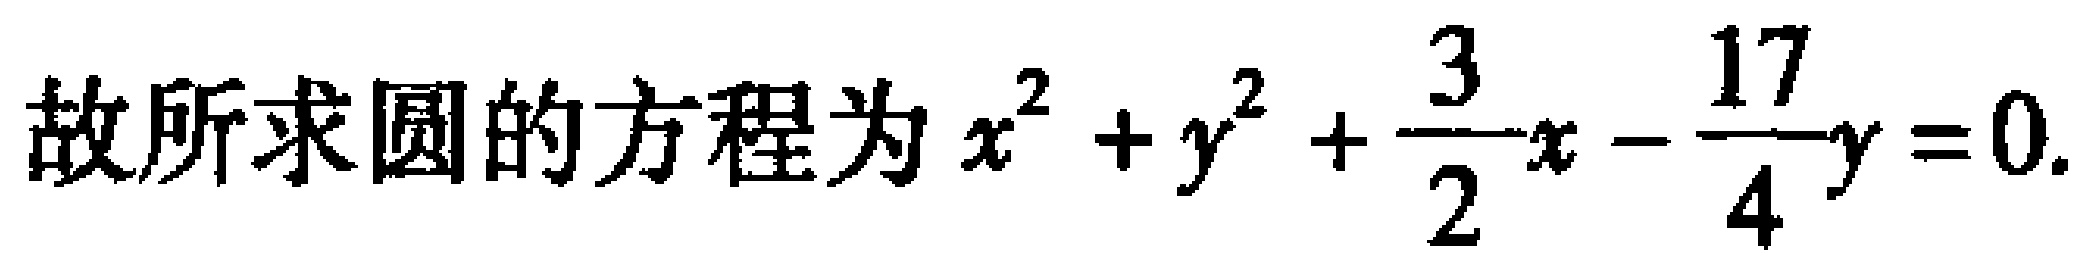
故所求圆的方程为\(x^{2} + y^{2} + \frac{3}{2}x - \frac{17}{4}y = 0\)。